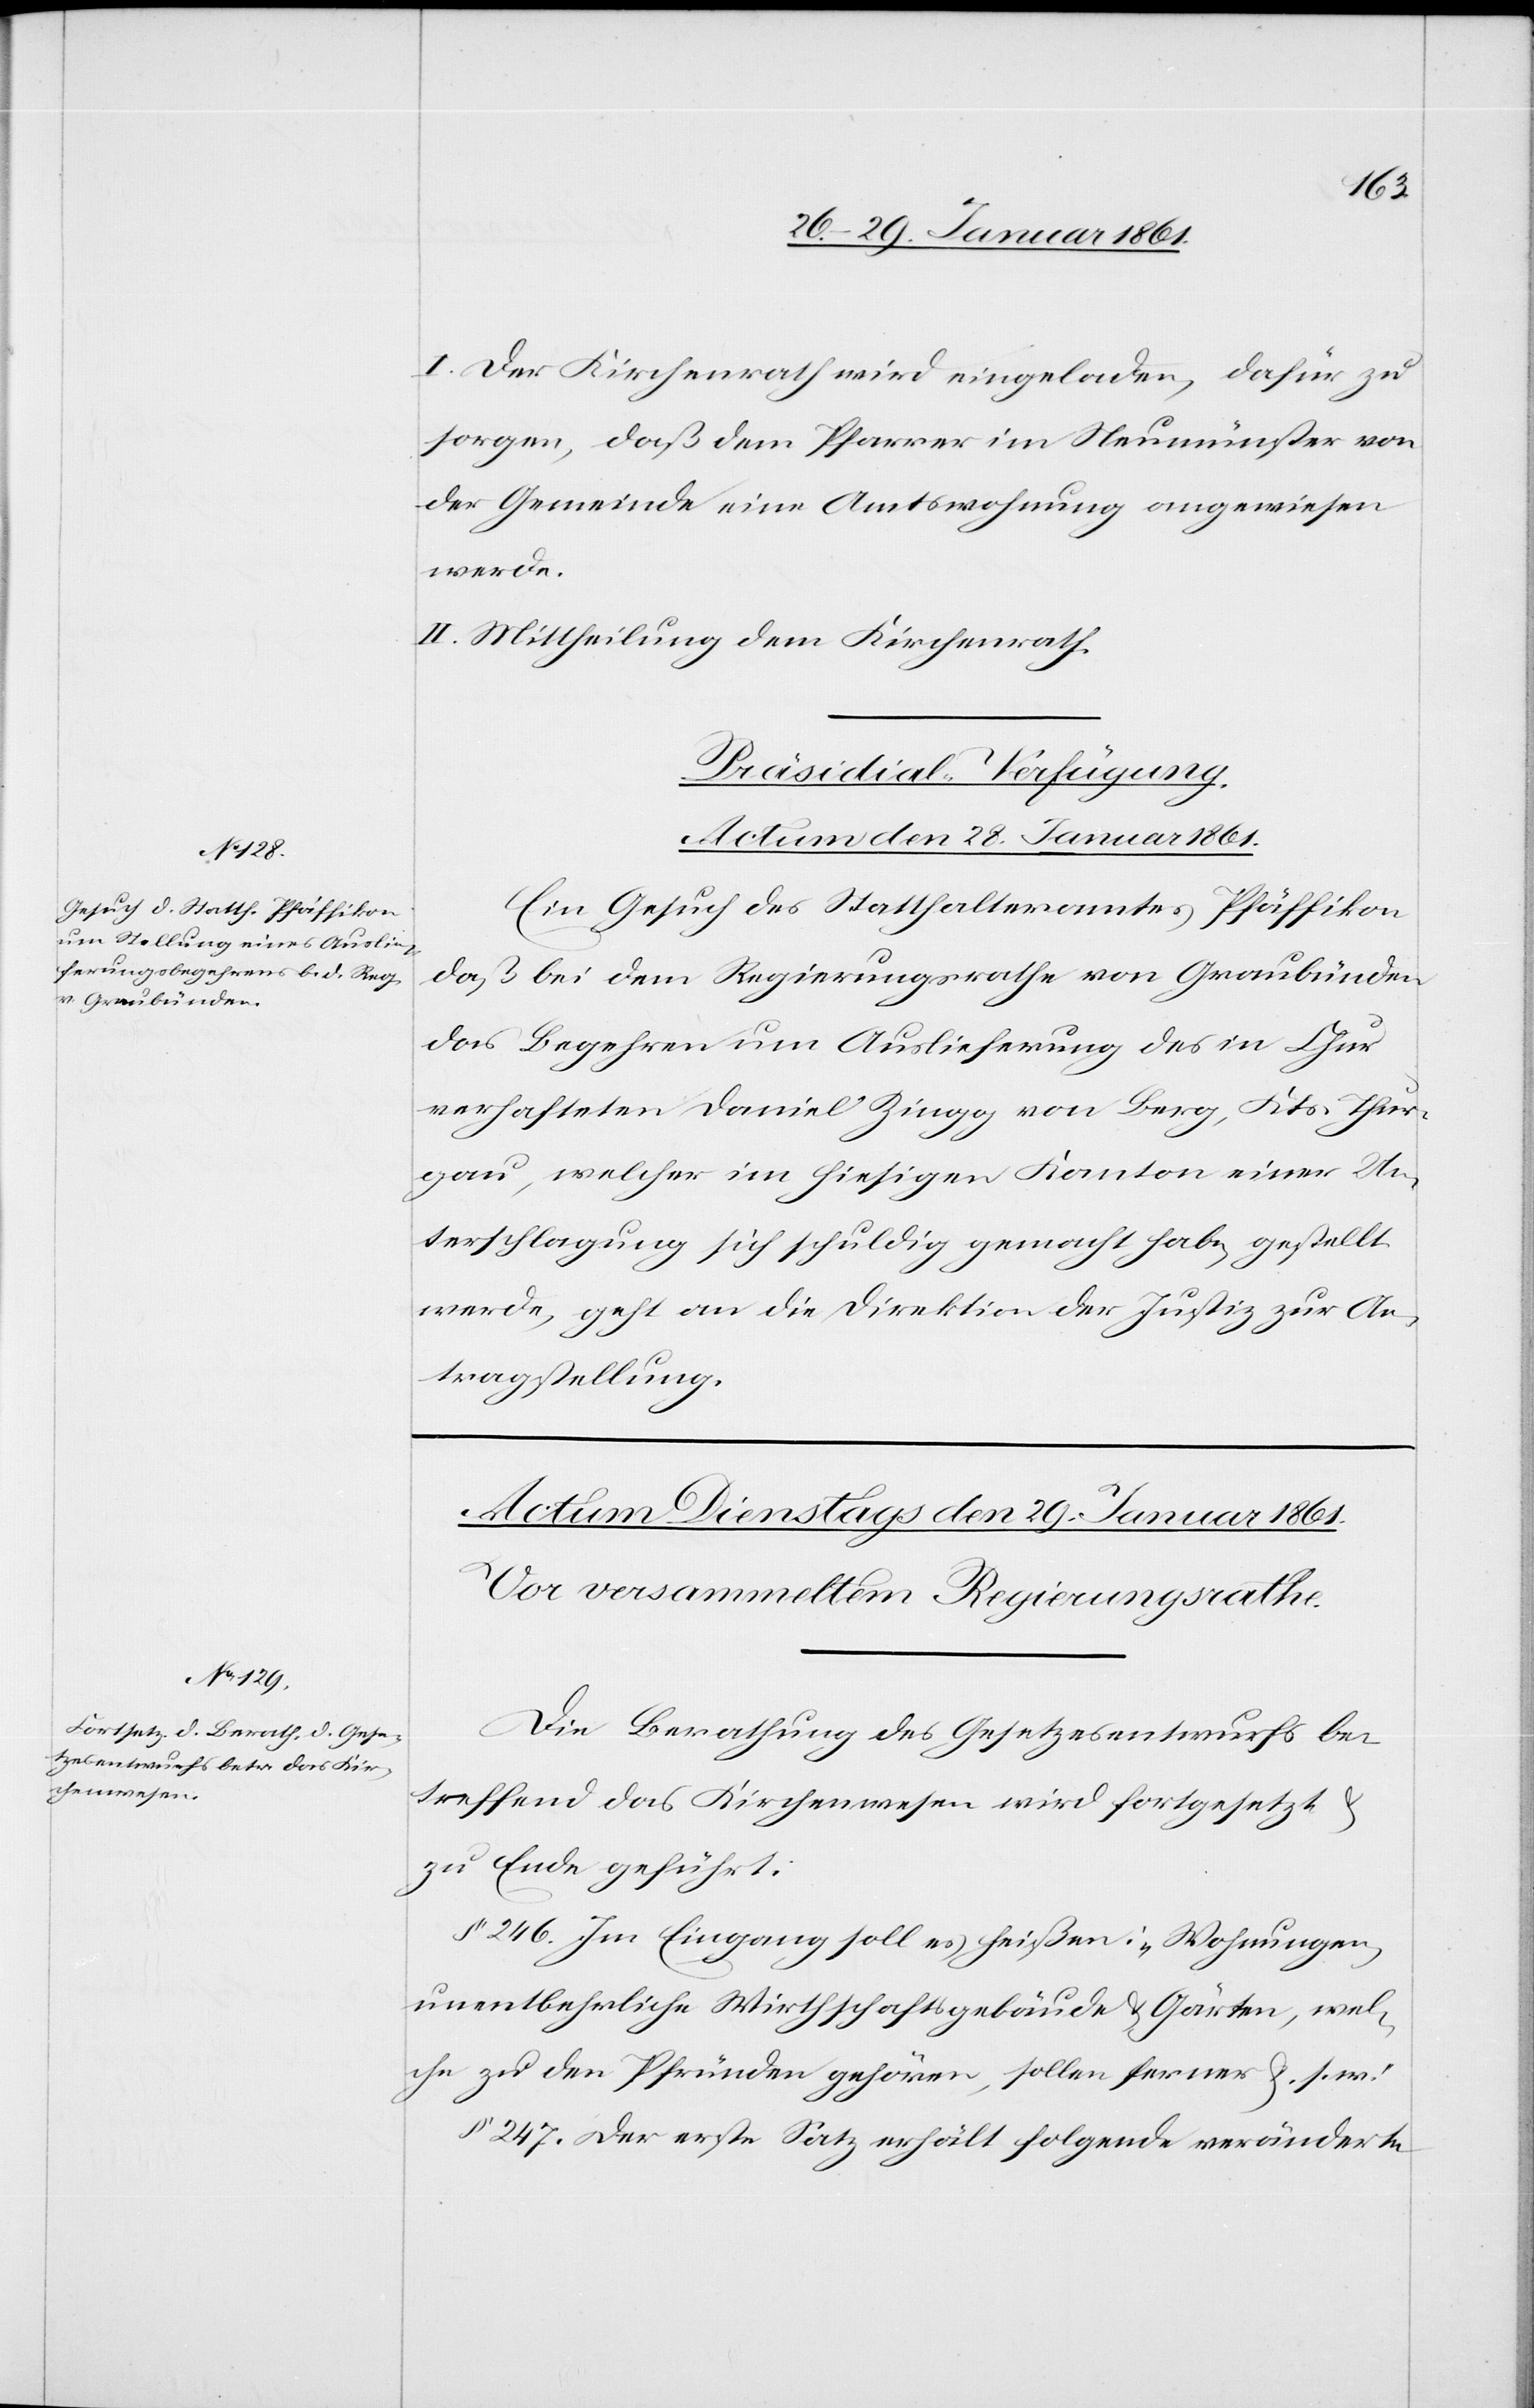
I. Der Kirchenrath wird eingeladen, dafür zu
sorgen, daß dem Pfarrer im Neumünster von
der Gemeinde eine Amtswohnung angewiesen
werde.
II. Mittheilung dem Kirchenrath.
Präsidial-Verfügung.
Actum den 28. Januar 1861.
Ein Gesuch des Statthalteramtes Pfäffikon
daß bei dem Regierungsrathe von Graubünden
das Begehren um Auslieferung des in Chur
verhafteten Daniel Zingg von Berg, Kts. Thur¬
gau, welcher im hiesigen Kanton einer Un¬
terschlagung sich schuldig gemacht habe, gestellt
werde, geht an die Direktion der Justiz zur An¬
tragstellung.
Die Berathung des Gesetzesentwurfes be¬
treffend das Kirchenwesen wird fortgesetzt
zu Ende geführt.
§. 246. Im Eingang soll es heißen: „Wohnungen,
unentbehrliche Wirthshausgebäude u. Gärten, wel¬
che zu den Pfründen gehören, sollen ferner u. s. w.“
§. 247. Der erste Satz erhält folgende veränderte